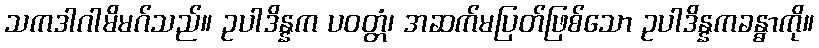
သကဒါဂါမိမဂ်သည်။ ဥပါဒိန္နက ပဝတ္တံ၊ အဆက်မပြတ်ဖြစ်သော ဥပါဒိန္နကခန္ဓာကို။